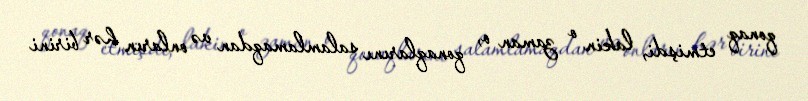
qonaq etmişdi, lakin o zaman o, qonaqlarını salamlamaqdan və onların hər birini